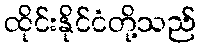
ထိုင်းနိုင်ငံတို့သည်